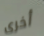
أخرى